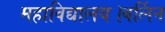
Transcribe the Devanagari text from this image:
महाविद्यालय।बर्लिन